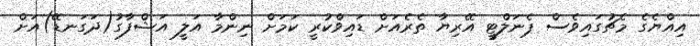
އިއްޔެގެ މެޗުގައިވެސް ޕެނަލްޓީ އޭރިޔާ ތެރެއަށް ޑައިވްކުރީ ކަމަށް ނިންމާ އަލީ އަޝްފާގު(ދަގަނޑޭ)އަށް